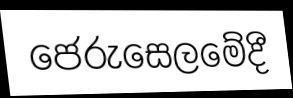
ජෙරුසෙලමේදී